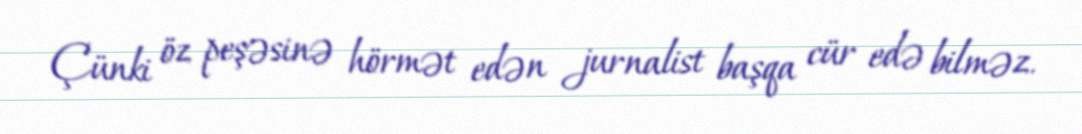
Çünki öz peşəsinə hörmət edən jurnalist başqa cür edə bilməz.